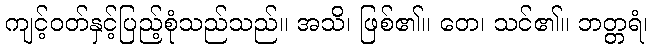
ကျင့်ဝတ်နှင့်ပြည့်စုံသည်သည်။ အသိ၊ ဖြစ်၏။ တေ၊ သင်၏။ ဘတ္တရံ၊